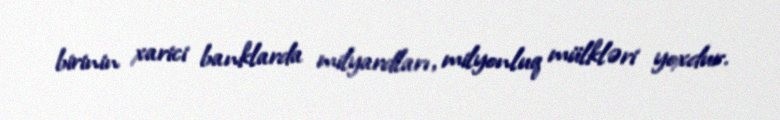
birinin xarici banklarda milyardları, milyonluq mülkləri yoxdur.